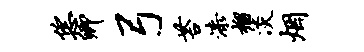
恁卿弓苔漆榴淡烟